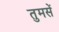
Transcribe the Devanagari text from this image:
तुमसें